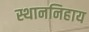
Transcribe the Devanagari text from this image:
स्थाननिहाय